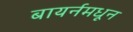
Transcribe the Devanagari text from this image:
बायर्नमधून